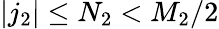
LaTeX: |j_{2}|\leq N_{2}<M_{2}/2